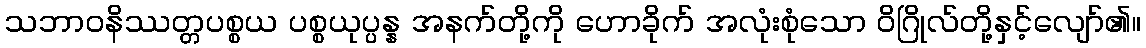
သဘာဝနိဿတ္တပစ္စယ ပစ္စယုပ္ပန္န အနက်တို့ကို ဟောခိုက် အလုံးစုံသော ဝိဂြိုလ်တို့နှင့်လျော်၏။